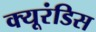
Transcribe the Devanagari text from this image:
क्यूरंडिस